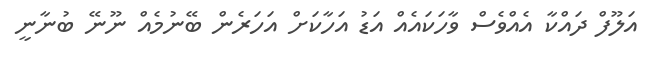
އަލޫފް ދައްކާ އެއްވެސް ވާހަކައެއް އަޑު އަހާކަށް އަހަރެން ބޭނުމެއް ނޫނޭ ބުނާނީ